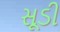
સૂડી